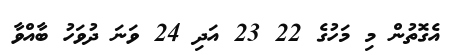
އެގޮތުން މި މަހުގެ 22 23 އަދި 24 ވަނަ ދުވަހު ބާއްވާ